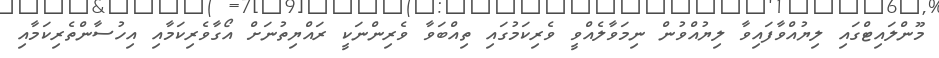
މޫންލައިޓްގައި ލިޔުއްވާފައިވާ ލިޔުއްވުން ނިމަވާލެއްވީ ވެރިކަމުގައި ތިއްބަވާ ވެރިންނަކީ ރައްޔިތުނަށް އޯގާވެރިކަމާއި އިހުސާންތެރިކަމާއި